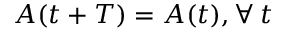
A ( t + T ) = A ( t ) , \forall \: t